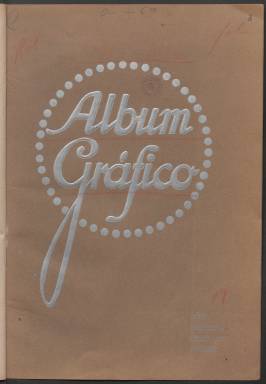
Título: Álbum gráfico (Madrid)
Colección: Artes gráficas
Ámbito geográfico: Madrid
Lugar de publicación: Madrid
Fechas: 01/05/1915-31/08/1916